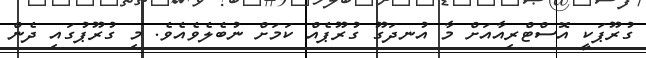
ގުރޫޕަކީ އޮސްޓްރިއާއަށް މާ އުނދަގޫ ގުރޫޕެއް ކަމަށް ނުބެލެވެއެވެ. މި ގުރޫޕުގައި ދެން